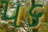
૫૬